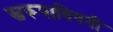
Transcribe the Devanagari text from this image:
स्वरूपाविषयी